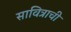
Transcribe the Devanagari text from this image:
सावित्राची